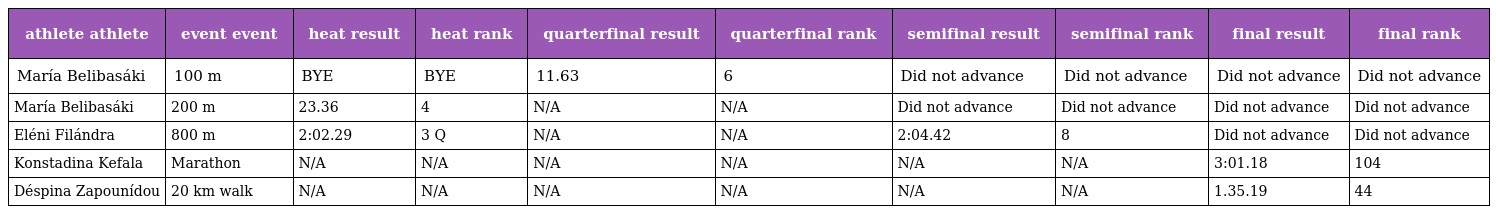
| athlete athlete | event event | heat result | heat rank | quarterfinal result | quarterfinal rank | semifinal result | semifinal rank | final result | final rank |
 | --- | --- | --- | --- | --- | --- | --- | --- | --- | --- |
 | María Belibasáki | 100 m | BYE | BYE | 11.63 | 6 | Did not advance | Did not advance | Did not advance | Did not advance |
 | María Belibasáki | 200 m | 23.36 | 4 | N/A | N/A | Did not advance | Did not advance | Did not advance | Did not advance |
 | Eléni Filándra | 800 m | 2:02.29 | 3 Q | N/A | N/A | 2:04.42 | 8 | Did not advance | Did not advance |
 | Konstadina Kefala | Marathon | N/A | N/A | N/A | N/A | N/A | N/A | 3:01.18 | 104 |
 | Déspina Zapounídou | 20 km walk | N/A | N/A | N/A | N/A | N/A | N/A | 1.35.19 | 44 |